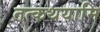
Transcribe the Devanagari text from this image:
तत्कथयामि